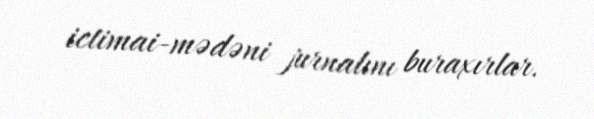
ictimai-mədəni jurnalını buraxırlar.